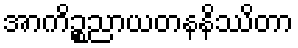
အာကိဉ္စညာယတနနိဿိတာ